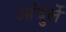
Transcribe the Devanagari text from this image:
आंदुर्ले